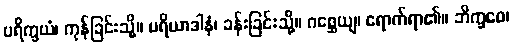
ပရိက္ခယံ၊ ကုန်ခြင်းသို့။ ပရိယာဒါနံ၊ ခန်းခြင်းသို့။ ဂစ္ဆေယျ၊ ရောက်ရာ၏။ ဘိက္ခဝေ၊